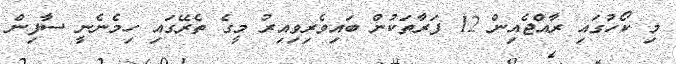
މި ކޯހުގައި ރާއްޖެއިން 12 ފަރާތަކުން ބައިވެރިވިއިރު މީގެ ތެރޭގައި ހިމެނެނީ ސާފިން